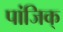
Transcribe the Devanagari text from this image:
पांजिक्